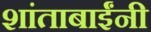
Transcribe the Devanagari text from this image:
शांताबार्इंनी